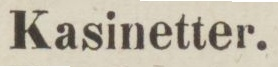
Kasinetter.